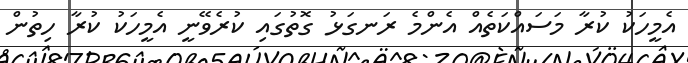
އެމީހަކު ކުރާ މަސައްކަތެއް އެންމެ ރަނގަޅު ގޮތުގައި ކުރެވޭނީ އެމީހަކު ކުރާ ހިތުން